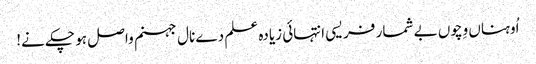
اُوہناں وِچوں بے شمار فریسی انتہائی زیادہ علم دے نال جہنم واصل ہو چکے نے!